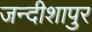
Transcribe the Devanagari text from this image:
जन्दीशापुर